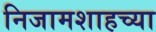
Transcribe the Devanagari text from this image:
निजामशाहच्या